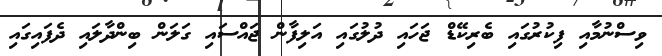
ވިސްނުމާއި ފިކުރުގައި ބެރިކޭޑް ޖަހައި ދުލުގައި އަލިފާން ޖައްސައި ގަލަން ބިންދާލައި ދެފައިގައި